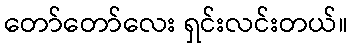
တော်တော်လေး ရှင်းလင်းတယ်။